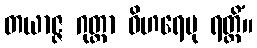
တယာဇ္ဇ ဂုတ္တာ ဝိဟရေမု ရတ္တိံ။